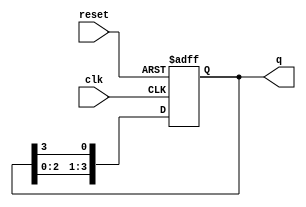
module ring_counter (
    input wire clk,      // Clock input
    input wire reset,    // Reset input
    output reg [3:0] q   // 4-bit output representing the state
);

    // Initial state
    initial begin
        q = 4'b1000; // Starting state for a 4-bit ring counter
    end

    always @(posedge clk or posedge reset) begin
        if (reset) begin
            q <= 4'b1000; // Reset to initial state
        end else begin
            // Shift the bits in a circular manner
            q <= {q[2:0], q[3]}; // Shift left and wrap around
        end
    end

endmodule